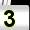
Digit: 3